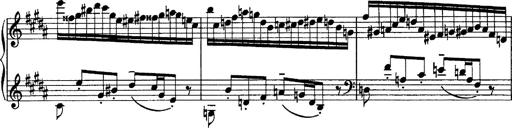
Title: Piano Sonata
Composer: Karl HÃ¤ssler
Key: C major